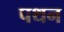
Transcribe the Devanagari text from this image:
पथन